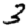
Digit: 3